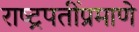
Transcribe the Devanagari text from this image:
राष्ट्रपतींप्रमाणे